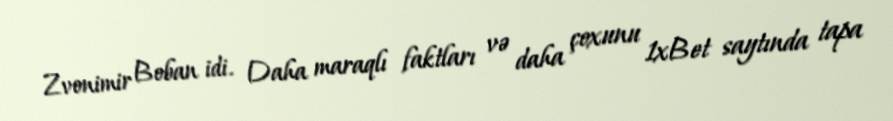
Zvonimir Boban idi. Daha maraqlı faktları və daha çoxunu 1xBet saytında tapa